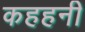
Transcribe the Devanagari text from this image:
कहहनी